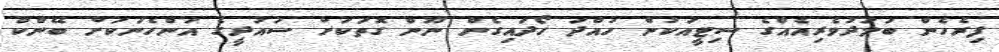
ފިރެހެން ބަލަދުވެރިއެއްގެ ސިޓީއަކުން ހުއްދަ ހޯދައިގެން ނޫން ގޮތަކަށް ސައުދީގެ އަންހެނަކަށް ބޭންކް